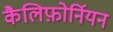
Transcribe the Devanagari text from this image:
कैलिफ़ोर्नियन